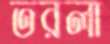
তরলা